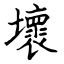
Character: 壞